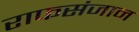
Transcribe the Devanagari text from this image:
राफसंजान